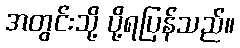
အတွင်းသို့ ပို့ရပြန်သည်။